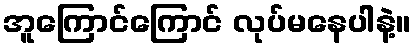
အူကြောင်ကြောင် လုပ်မနေပါနဲ့။